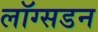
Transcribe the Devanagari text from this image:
लॉग्सडन